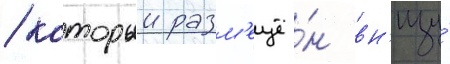
/ которыи разм'ещё́н вн'изу́